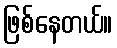
ဖြစ်နေတယ်။